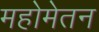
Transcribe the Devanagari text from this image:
महोमेतन